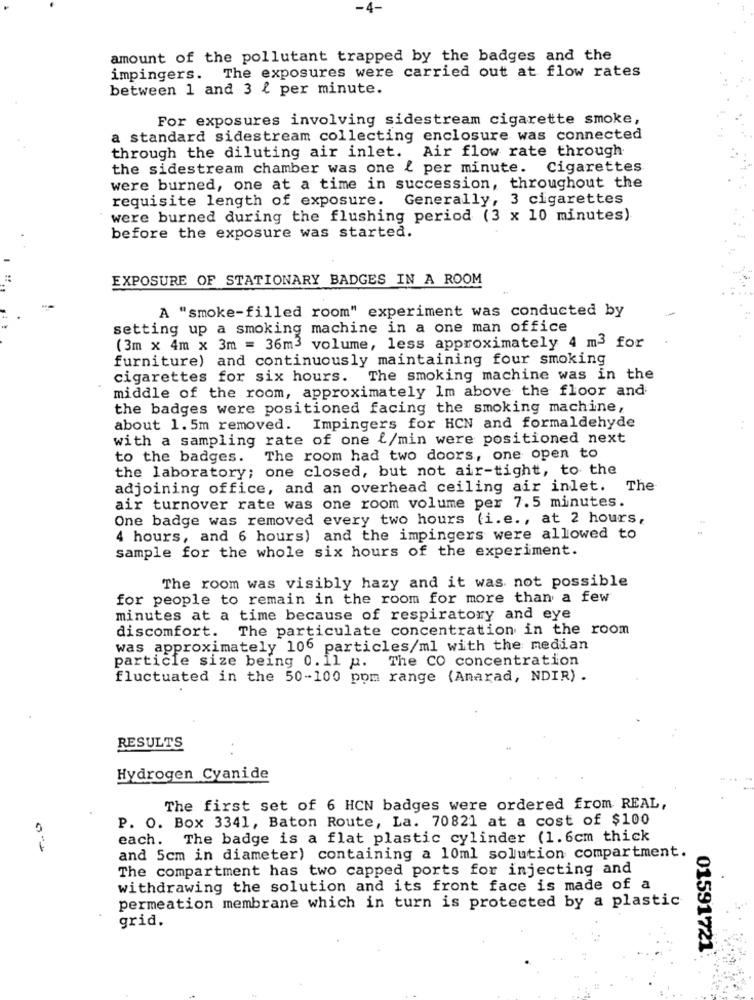
-4-
amount of the pollutant trapped by the badges and the
impingers. The exposures were carried out at flow rates
between 1 and 3 { per minute.
For exposures involving sidestream cigarette smoke,
a standard sidestream collecting enclosure was connected
through the diluting air inlet. Air flow rate through
the sidestream chamber was one { per minute. Cigarettes
were burned, one at a time in succession, throughout the
requisite length of exposure. Generally, 3 cigarettes
were burned during the flushing period (3 x 10 minutes)
before the exposure was started.
EXPOSURE OF STATIONARY BADGES IN A ROOM
A "smoke-filled room" experiment was conducted by
setting up a smoking machine in a one man office
(3m x 4m x 3m = 36m3 volume, less approximately 4 m3 for
furniture) and continuously maintaining four smoking
cigarettes for six hours. The smoking machine was in the
middle of the room, approximately Im above the floor and
the badges were positioned facing the smoking machine,
about 1.5m removed. Impingers for HCN and formaldehyde
with a sampling rate of one {/min were positioned next
to the badges.
The room had two doors, one open to
the laboratory; one closed, but not air-tight, to the
adjoining office, and an overhead ceiling air inlet. The
air turnover rate was one room volume per 7.5 minutes.
One badge was removed every two hours (i.e ., at 2 hours,
4 hours, and 6 hours) and the impingers were allowed to
sample for the whole six hours of the experiment.
The room was visibly hazy and it was not possible
for people to remain in the room for more than a few
minutes at a time because of respiratory and eye
The particulate concentration in the room
discomfort.
was approximately 106 particles/ml with the median
particle size being 0.11 p.
The CO concentration
fluctuated in the 50-100 pom range (Anarad, NDIR).
RESULTS
Hydrogen Cyanide
The first set of 6 HCN badges were ordered from REAL,
P. O. Box 3341, Baton Route, La. 70821 at a cost of $100
each. The badge is a flat plastic cylinder (1.6cm thick
and 5cm in diameter) containing a 10ml solution compartment.
The compartment has two capped ports for injecting and
withdrawing the solution and its front face is made of a
permeation membrane which in turn is protected by a plastic
grid.
01591721